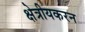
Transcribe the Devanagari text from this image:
क्षेत्रीयकरन